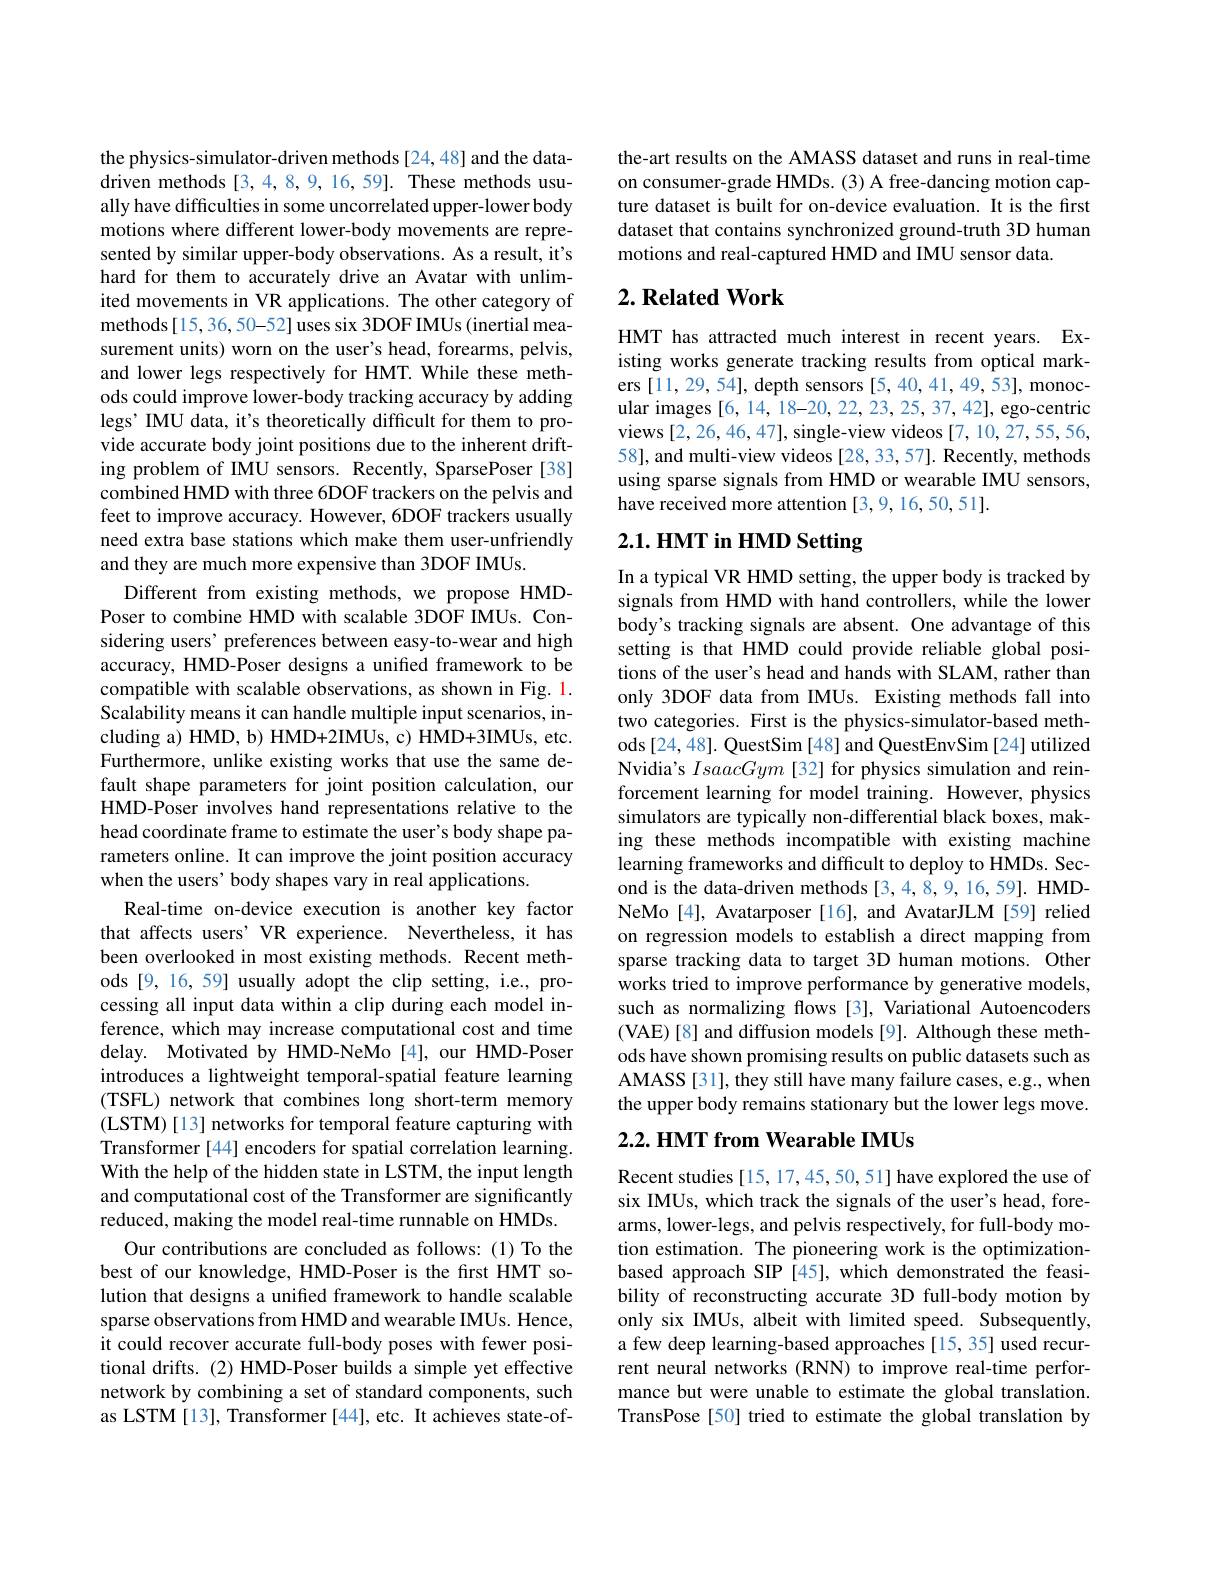
the physics-simulator-driven methods [24,48] and the datadriven methods [3,4,8,9,16,59]. These methods usually have difficulties in some uncorrelated upper-lower body motions where different lower-body movements are represented by similar upper-body observations. As a result, it's hard for them to accurately drive an Avatar with unlimited movements in VR applications. The other category of methods[15,36,50-52] uses six 3DOF IMUs (inertial measurement units) worn on the user's head, forearms, pelvis, and lower legs respectively for HMT. While these methods could improve lower-body tracking accuracy by adding legs' IMU data, it's theoretically difficult for them to provide accurate body joint positions due to the inherent drifting problem of IMU sensors. Recently, SparsePoser [38] combined HMD with three 6DOF trackers on the pelvis and feet to improve accuracy. However, 6DOF trackers usually need extra base stations which make them user-unfriendly and they are much more expensive than 3DOF IMUs.
Different from existing methods, we propose HMDPoser to combine HMD with scalable 3DOF IMUs. Considering users' preferences between easy-to-wear and high accuracy, HMD-Poser designs a unified framework to be compatible with scalable observations, as shown in Fig. 1. Scalability means it can handle multiple input scenarios, including a) HMD, b) HMD+2IMUs, c) HMD+3IMUs, etc. Furthermore, unlike existing works that use the same default shape parameters for joint position calculation, our HMD-Poser involves hand representations relative to the head coordinate frame to estimate the user's body shape parameters online. It can improve the joint position accuracy when the users' body shapes vary in real applications.
Real-time on-device execution is another key factor that affects users' VR experience. Nevertheless, it has been overlooked in most existing methods. Recent methods [9, 16, 59] usually adopt the clip setting, i.e., processing all input data within a clip during each model inference, which may increase computational cost and time delay. Motivated by HMD-NeMo[4], our HMD-Poser introduces a lightweight temporal-spatial feature learning (TSFL) network that combines long short-term memory (LSTM)[13] networks for temporal feature capturing with Transformer [44] encoders for spatial correlation learning. With the help of the hidden state in LSTM, the input length and computational cost of the Transformer are significantly reduced, making the model real-time runnable on HMDs.
Our contributions are concluded as follows: (1) To the best of our knowledge, HMD-Poser is the first HMT solution that designs a unified framework to handle scalable sparse observations from HMD and wearable IMUs. Hence, it could recover accurate full-body poses with fewer positional drifts. (2) HMD-Poser builds a simple yet effective network by combining a set of standard components, such as LSTM [13], Transformer [44], etc. It achieves state-of-

the-art results on the AMASS dataset and runs in real-time on consumer-grade HMDs. (3) A free-dancing motion capture dataset is built for on-device evaluation. It is the first dataset that contains synchronized ground-truth 3D human motions and real-captured HMD and IMU sensor data.

## $2. \textbf{Related Work}$

HMT has attracted much interest in recent years. Existing works generate tracking results from optical markers [11,29,54], depth sensors [5,40,41,49,53], monocular images [6, 14, 18-20, 22, 23, 25, 37, 42], ego-centric views [2,26,46,47], single-view videos [7,10,27,55,56, 58], and multi-view videos[28, 33, 57]. Recently, methods using sparse signals from HMD or wearable IMU sensors, have received more attention [3,9,16,50,51].

# 2.1. HMT in HMD Setting

In a typical VR HMD setting, the upper body is tracked by signals from HMD with hand controllers, while the lower body's tracking signals are absent. One advantage of this setting is that HMD could provide reliable global positions of the user's head and hands with SLAM, rather than only 3DOF data from IMUs. Existing methods fall into two categories. First is the physics-simulator-based methods [24,48]. QuestSim [48] and QuestEnvSim [24] utilized Nvidia's IsaacGym [32] for physics simulation and reinforcement learning for model training. However, physics simulators are typically non-differential black boxes, making these methods incompatible with existing machine learning frameworks and difficult to deploy to HMDs. Second is the data-driven methods [3,4,8,9,16,59]. HMDNeMo [4], Avatarposer [16], and AvatarJLM [59] relied on regression models to establish a direct mapping from sparse tracking data to target 3D human motions. Other works tried to improve performance by generative models, such as normalizing flows [3], Variational Autoencoders ( VAE) [ 8] and diffusion models [ 9] . Although these meth- ods have shown promising results on public datasets such as AMASS[31], they still have many failure cases, e.g., when the upper body remains stationary but the lower legs move.

### $2. 2. \textbf{ HMT from Wearable IMUs}$

Recent studies [15, 17, 45, 50, 51] have explored the use of six IMUs, which track the signals of the user's head, forearms, lower-legs, and pelvis respectively, for full-body motion estimation. The pioneering work is the optimizationbased approach SIP [45], which demonstrated the feasibility of reconstructing accurate 3D full-body motion by only six IMUs, albeit with limited speed. Subsequently, a few deep learning-based approaches [15, 35] used recurrent neural networks (RNN) to improve real-time performance but were unable to estimate the global translation. TransPose [50] tried to estimate the global translation by